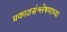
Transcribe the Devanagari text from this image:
प्रकाशसंश्लेषणाच्या